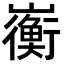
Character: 𫶣